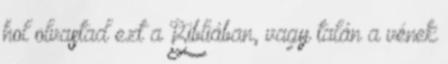
hol olvastad ezt a Bibliában, vagy talán a vének